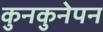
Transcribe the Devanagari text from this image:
कुनकुनेपन